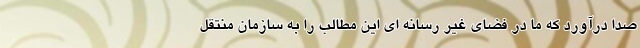
صدا درآورد که ما در فضای غیر رسانه ای این مطالب را به سازمان منتقل